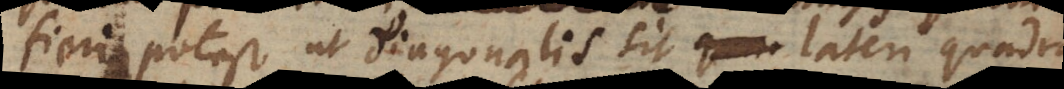
fieri potest ut diagonalis sit lateri quadrati